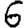
Digit: 6